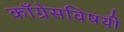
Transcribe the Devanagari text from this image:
काँग्रेसविषयी